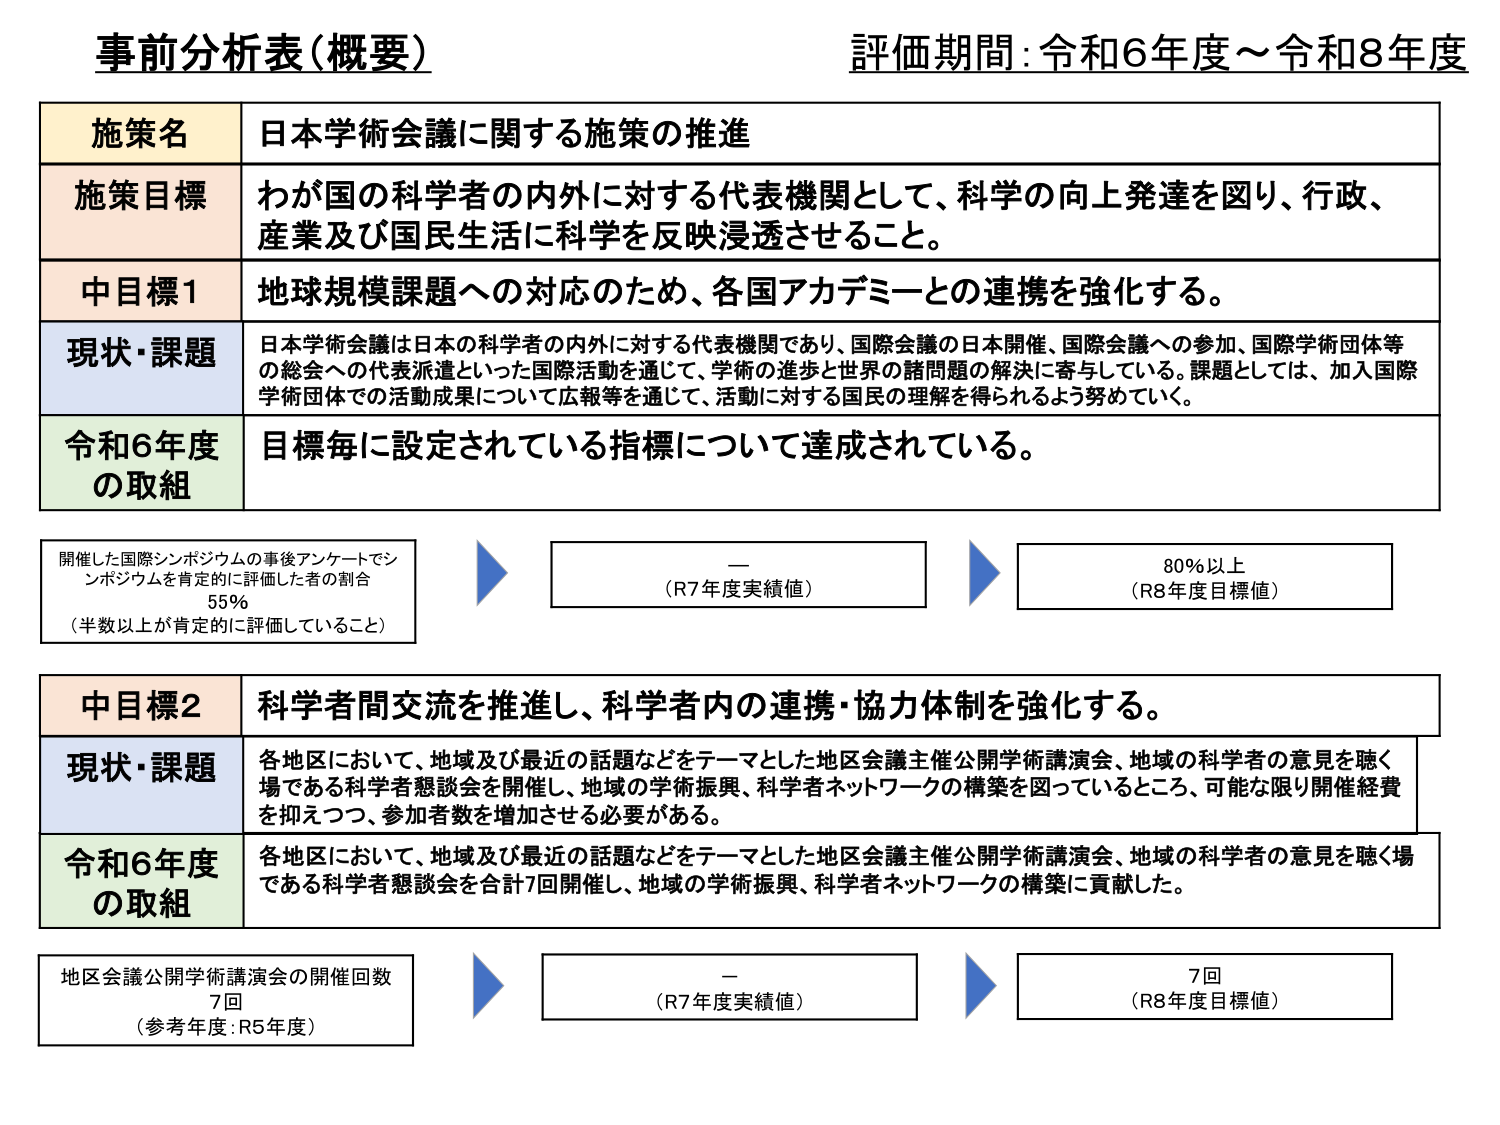
事前分析表（概要） 評価期間：令和6年度～令和8年度

施策名 日本学術会議に関する施策の推進

施策目標 わが国の科学者の内外に対する代表機関として、科学の向上発達を図り、行政、産業及び国民生活に科学を反映浸透させること。

中目標1 地球規模課題への対応のため、各国アカデミーとの連携を強化する。

現状・課題 日本学術会議は日本の科学者の内外に対する代表機関であり、国際会議の日本開催、国際会議への参加、国際学術団体等の総会への代表派遣といった国際活動を通じて、学術の進歩と世界の諸問題の解決に寄与している。課題としては、加入国際学術団体での活動成果について広報等を通じて、活動に対する国民の理解を得られるよう努めていく。

令和6年度 の取組 目標毎に設定されている指標について達成されている。

開催した国際シンポジウムの事後アンケートでシンポジウムを肯定的に評価した者の割合 55% （半数以上が肯定的に評価していること）

→ （R7年度実績値）

→ 80%以上 （R8年度目標値）

中目標2 科学者間交流を推進し、科学者内の連携・協力体制を強化する。

現状・課題 各地区において、地域及び最近の話題などをテーマとした地区会議主催公開学術講演会、地域の科学者の意見を聴く場である科学者懇談会を開催し、地域の学術振興、科学者ネットワークの構築を図っているところ、可能な限り開催経費を抑えてつつ、参加者数を増加させる必要がある。

令和6年度 の取組 各地区において、地域及び最近の話題などをテーマとした地区会議主催公開学術講演会、地域の科学者の意見を聴く場である科学者懇談会を合計7回開催し、地域の学術振興、科学者ネットワークの構築に貢献した。

地区会議公開学術講演会の開催回数 7回 （参考年度：R5年度）

→ （R7年度実績値）

→ 7回 （R8年度目標値）